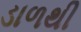
ડાળથી